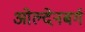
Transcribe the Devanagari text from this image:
ओल्देनबर्ग